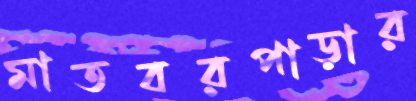
মাতবরপাড়ার